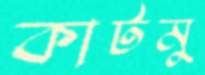
কাটমু